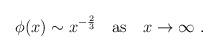
LaTeX: \begin{align*}\phi(x)\sim x^{-{2\over 3}}\quad{\rm as}\ \ \ x\rightarrow \infty\ .\end{align*}